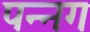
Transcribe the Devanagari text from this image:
पन्‍नग